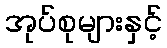
အုပ်စုများနှင့်